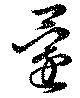
還